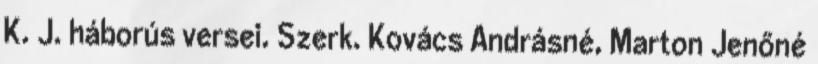
K. J. háborús versei. Szerk. Kovács Andrásné, Marton Jenőné